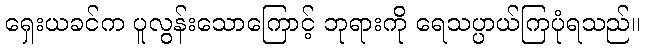
ရှေးယခင်က ပူလွန်းသောကြောင့် ဘုရားကို ရေသပ္ပာယ်ကြပုံရသည်။